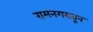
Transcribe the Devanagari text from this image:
रामनगरातून